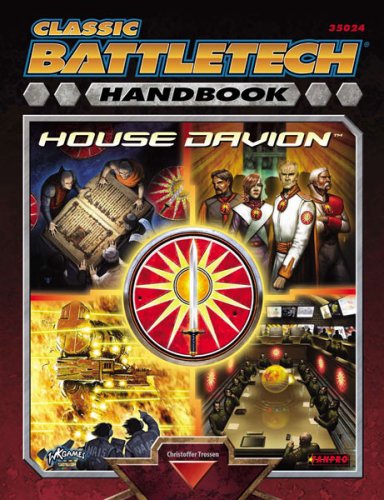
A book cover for Classic Battletech: Handbook House Davion (FPR35024); Christoffer Trossen; Science Fiction & Fantasy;